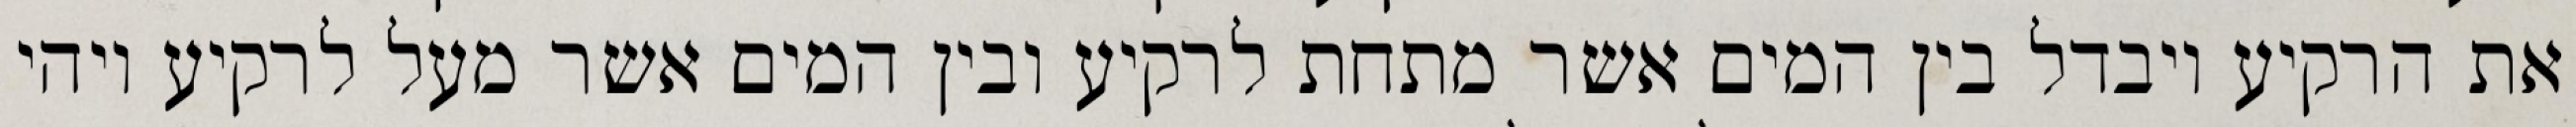
את הרקיע ויבדל בין המים אשר מתחת לרקיע ובין המים אשר מעל לרקיע ויהי